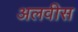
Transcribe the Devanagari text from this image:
अलवीस